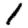
Digit: 1